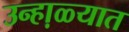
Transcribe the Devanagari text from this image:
उन्हा़ळ्यात